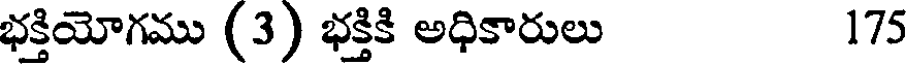
భక్తియోగము (3) భక్తికి అధికారులు 175